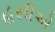
હસીએ